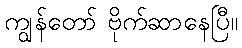
ကျွန်တော် ဗိုက်ဆာနေပြီ။